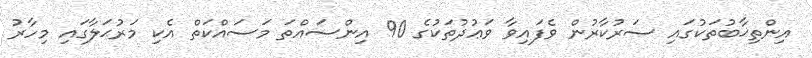
އިންތިޚާބުތަކުގައި ސަރުކާރުން ވެފައިވާ ވަޢުދުތަކުގެ 90 އިންސައްތަ މަސައްކަތް އެކި މަރުޙަލާގައި މިހާރު